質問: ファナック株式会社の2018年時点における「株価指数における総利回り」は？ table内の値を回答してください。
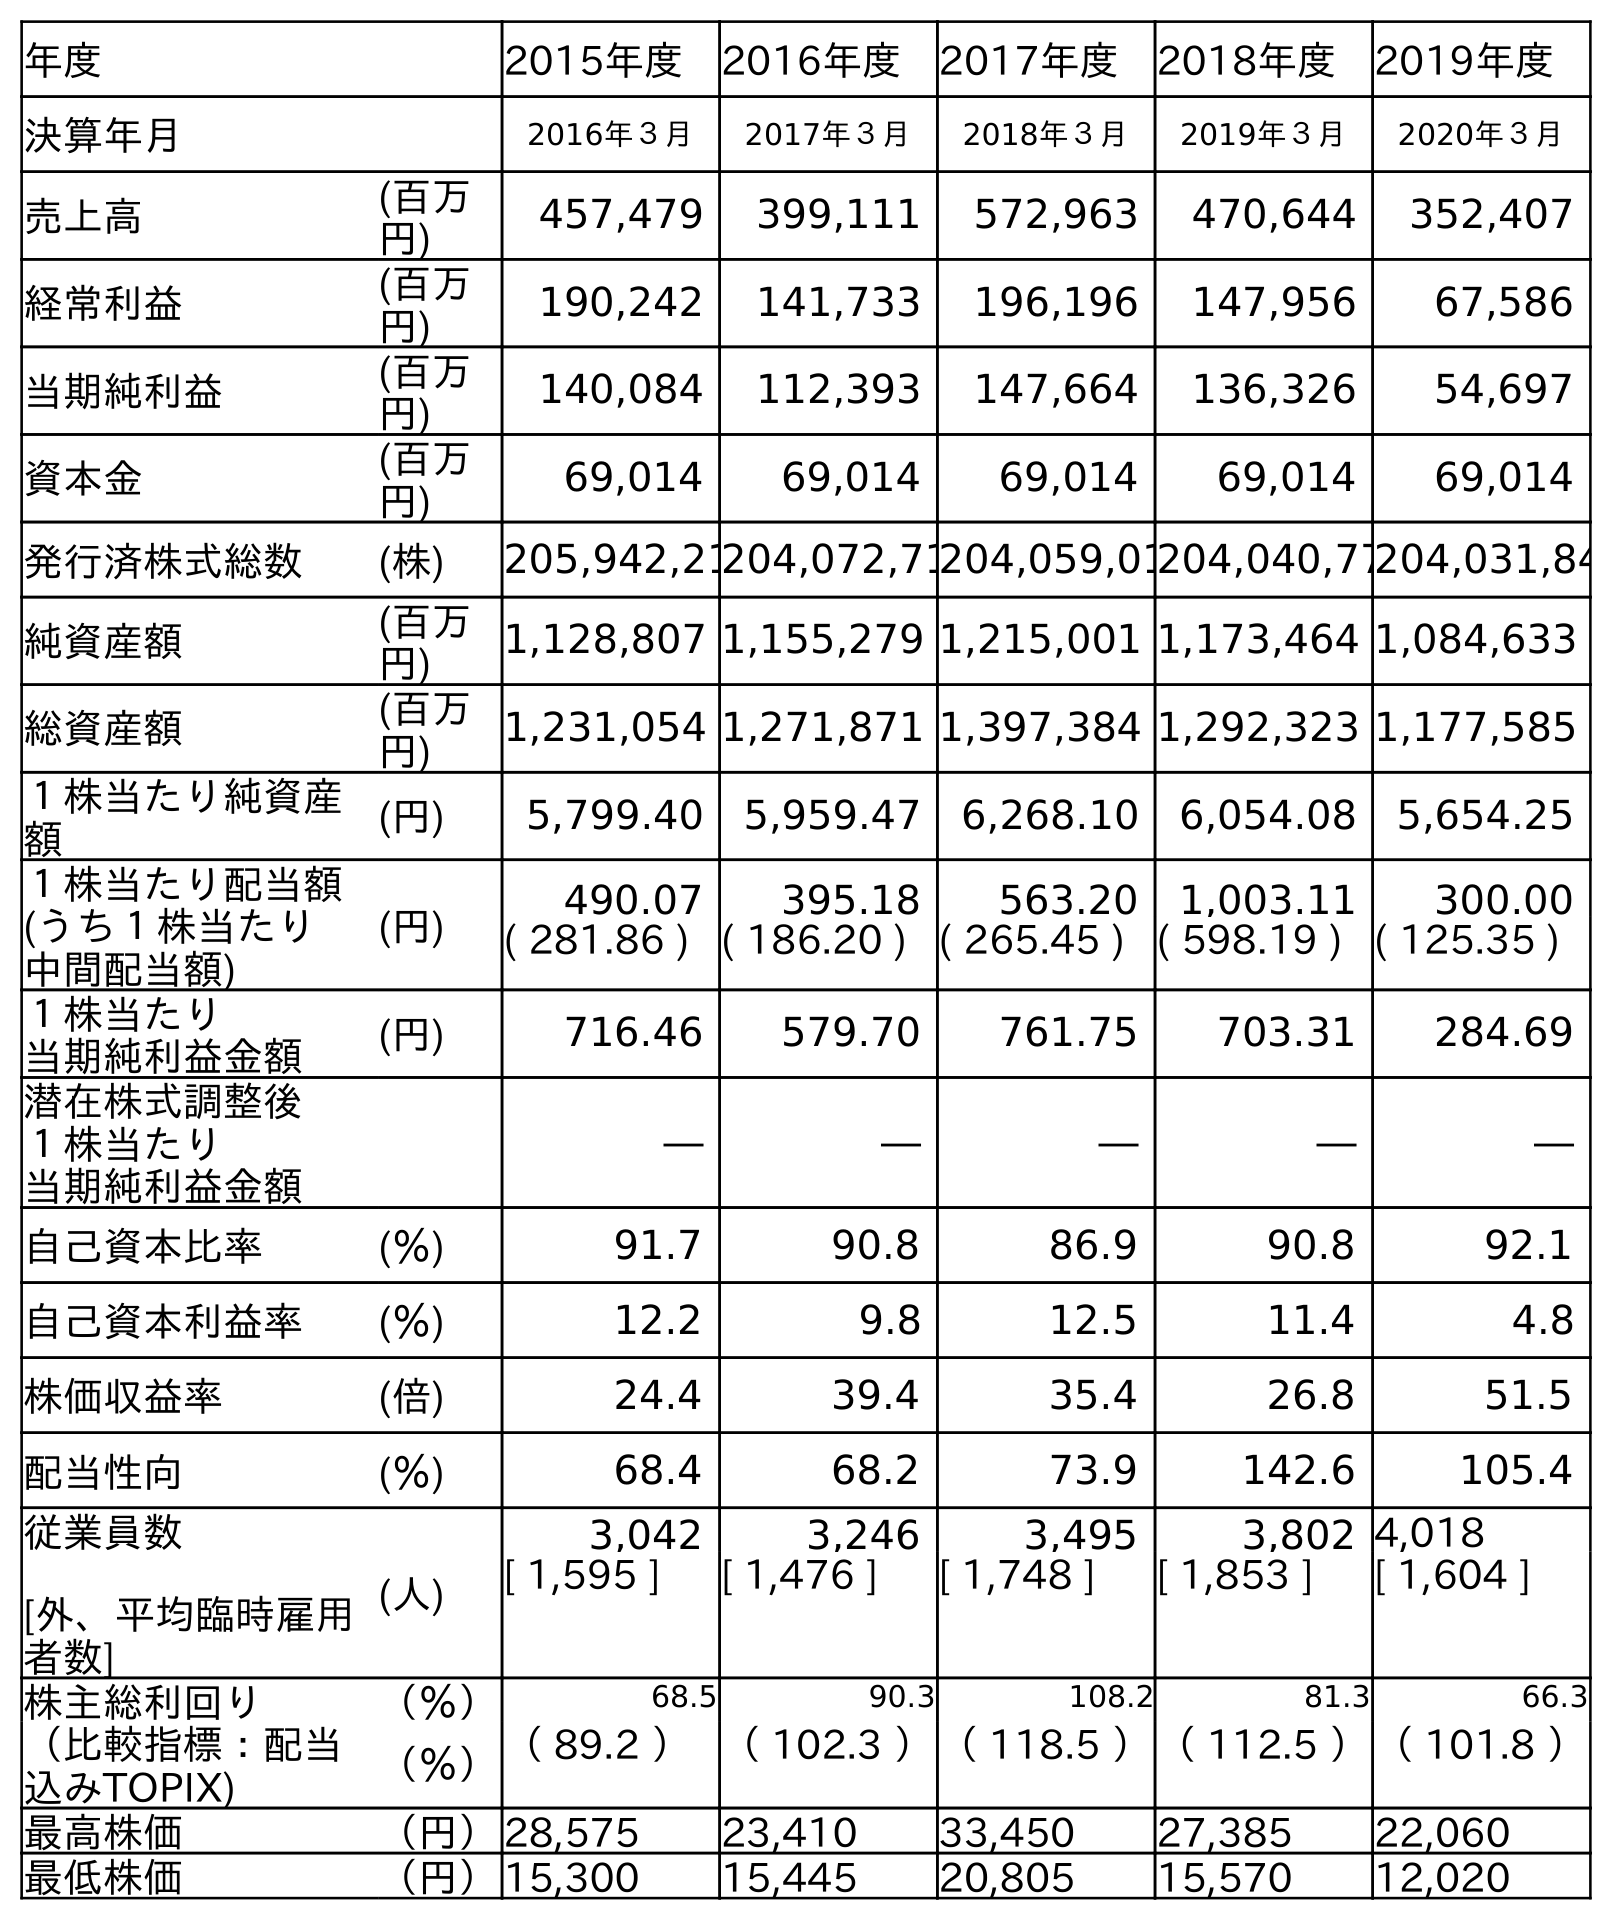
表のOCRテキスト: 年度 2015年度 2016年度 2017年度 2018年度 2019年度 決算年月 2016年３月 2017年３月 2018年３月 2019年３月 2020年３月 売上高 (百万 円) 457,479 399,111 572,963 470,644 352,407 経常利益 (百万 円) 190,242 141,733 196,196 147,956 67,586 当期純利益 (百万 円) 140,084 112,393 147,664 136,326 54,697 資本金 (百万 円) 69,014 69,014 69,014 69,014 69,014 発行済株式総数 (株) 205,942,21204,072,71204,059,01204,040,77204,031,84 純資産額 (百万 円) 1,128,807 1,155,279 1,215,001 1,173,464 1,084,633 総資産額 (百万 円) 1,231,054 1,271,871 1,397,384 1,292,323 1,177,585 １株当たり純資産 額 (円) 5,799.40 5,959.47 6,268.10 6,054.08 5,654.25 １株当たり配当額 (うち１株当たり 中間配当額) (円) 490.07 395.18 563.20 1,003.11 300.00 ( 281.86 ) ( 186.20 ) ( 265.45 ) ( 598.19 ) ( 125.35 ) １株当たり 当期純利益金額 (円) 716.46 579.70 761.75 703.31 284.69 潜在株式調整後 １株当たり 当期純利益金額 ― ― ― ― ― 自己資本比率 (％) 91.7 90.8 86.9 90.8 92.1 自己資本利益率 (％) 12.2 9.8 12.5 11.4 4.8 株価収益率 (倍) 24.4 39.4 35.4 26.8 51.5 配当性向 (％) 68.4 68.2 73.9 142.6 105.4 従業員数 [外、平均臨時雇用 者数] (人) 3,042 3,246 3,495 3,802 4,018 [ 1,595 ] [ 1,476 ] [ 1,748 ] [ 1,853 ] [ 1,604 ] 株主総利回り （％） 68.5 90.3 108.2 81.3 66.3 （比較指標：配当 込みTOPIX) （％）（ 89.2 ）（ 102.3 ）（ 118.5 ）（ 112.5 ）（ 101.8 ） 最高株価 （円）28,575 23,410 33,450 27,385 22,060 最低株価 （円）15,300 15,445 20,805 15,570 12,020
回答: （118.5）